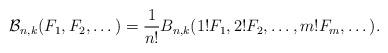
LaTeX: \begin{align*}\mathcal B_{n,k}(F_1,F_2,\dots)=\frac1{n!}B_{n,k}(1!F_1,{2!}F_2,\dots,{m!}F_m,\dots).\end{align*}